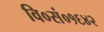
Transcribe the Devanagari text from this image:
वि०सं०१६४२